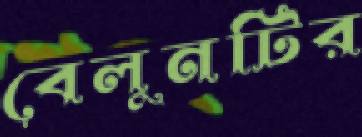
বেলুনটির